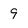
Character: 9